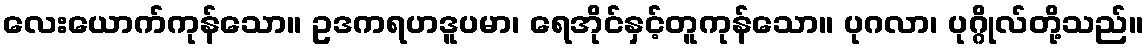
လေးယောက်ကုန်သော။ ဥဒကရဟဒူပမာ၊ ရေအိုင်နှင့်တူကုန်သော။ ပုဂလာ၊ ပုဂ္ဂိုလ်တို့သည်။